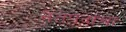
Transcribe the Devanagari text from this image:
नेतेपदाचा